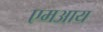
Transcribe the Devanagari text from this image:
एमआय